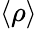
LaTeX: \langle\rho\rangle